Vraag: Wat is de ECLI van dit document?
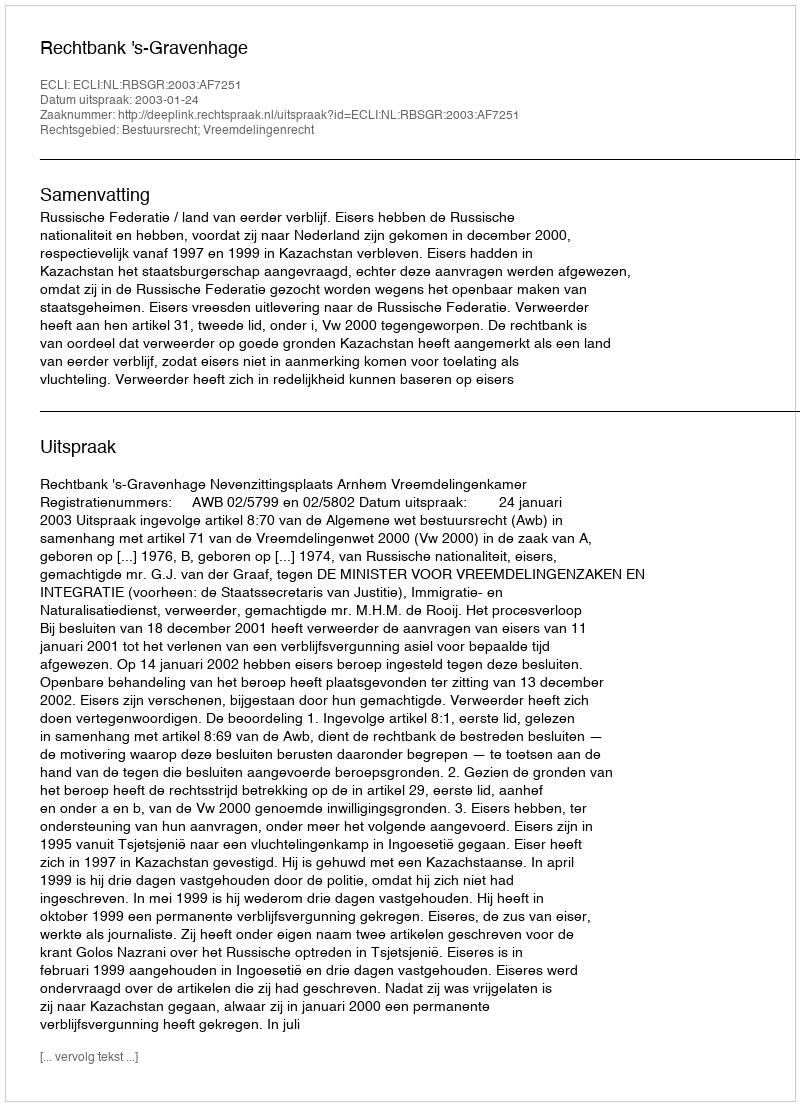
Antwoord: ECLI:NL:RBSGR:2003:AF7251